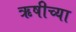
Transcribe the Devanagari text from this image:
ऋषीच्या